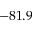
- 8 1 . 9